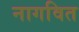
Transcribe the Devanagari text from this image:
नागवित